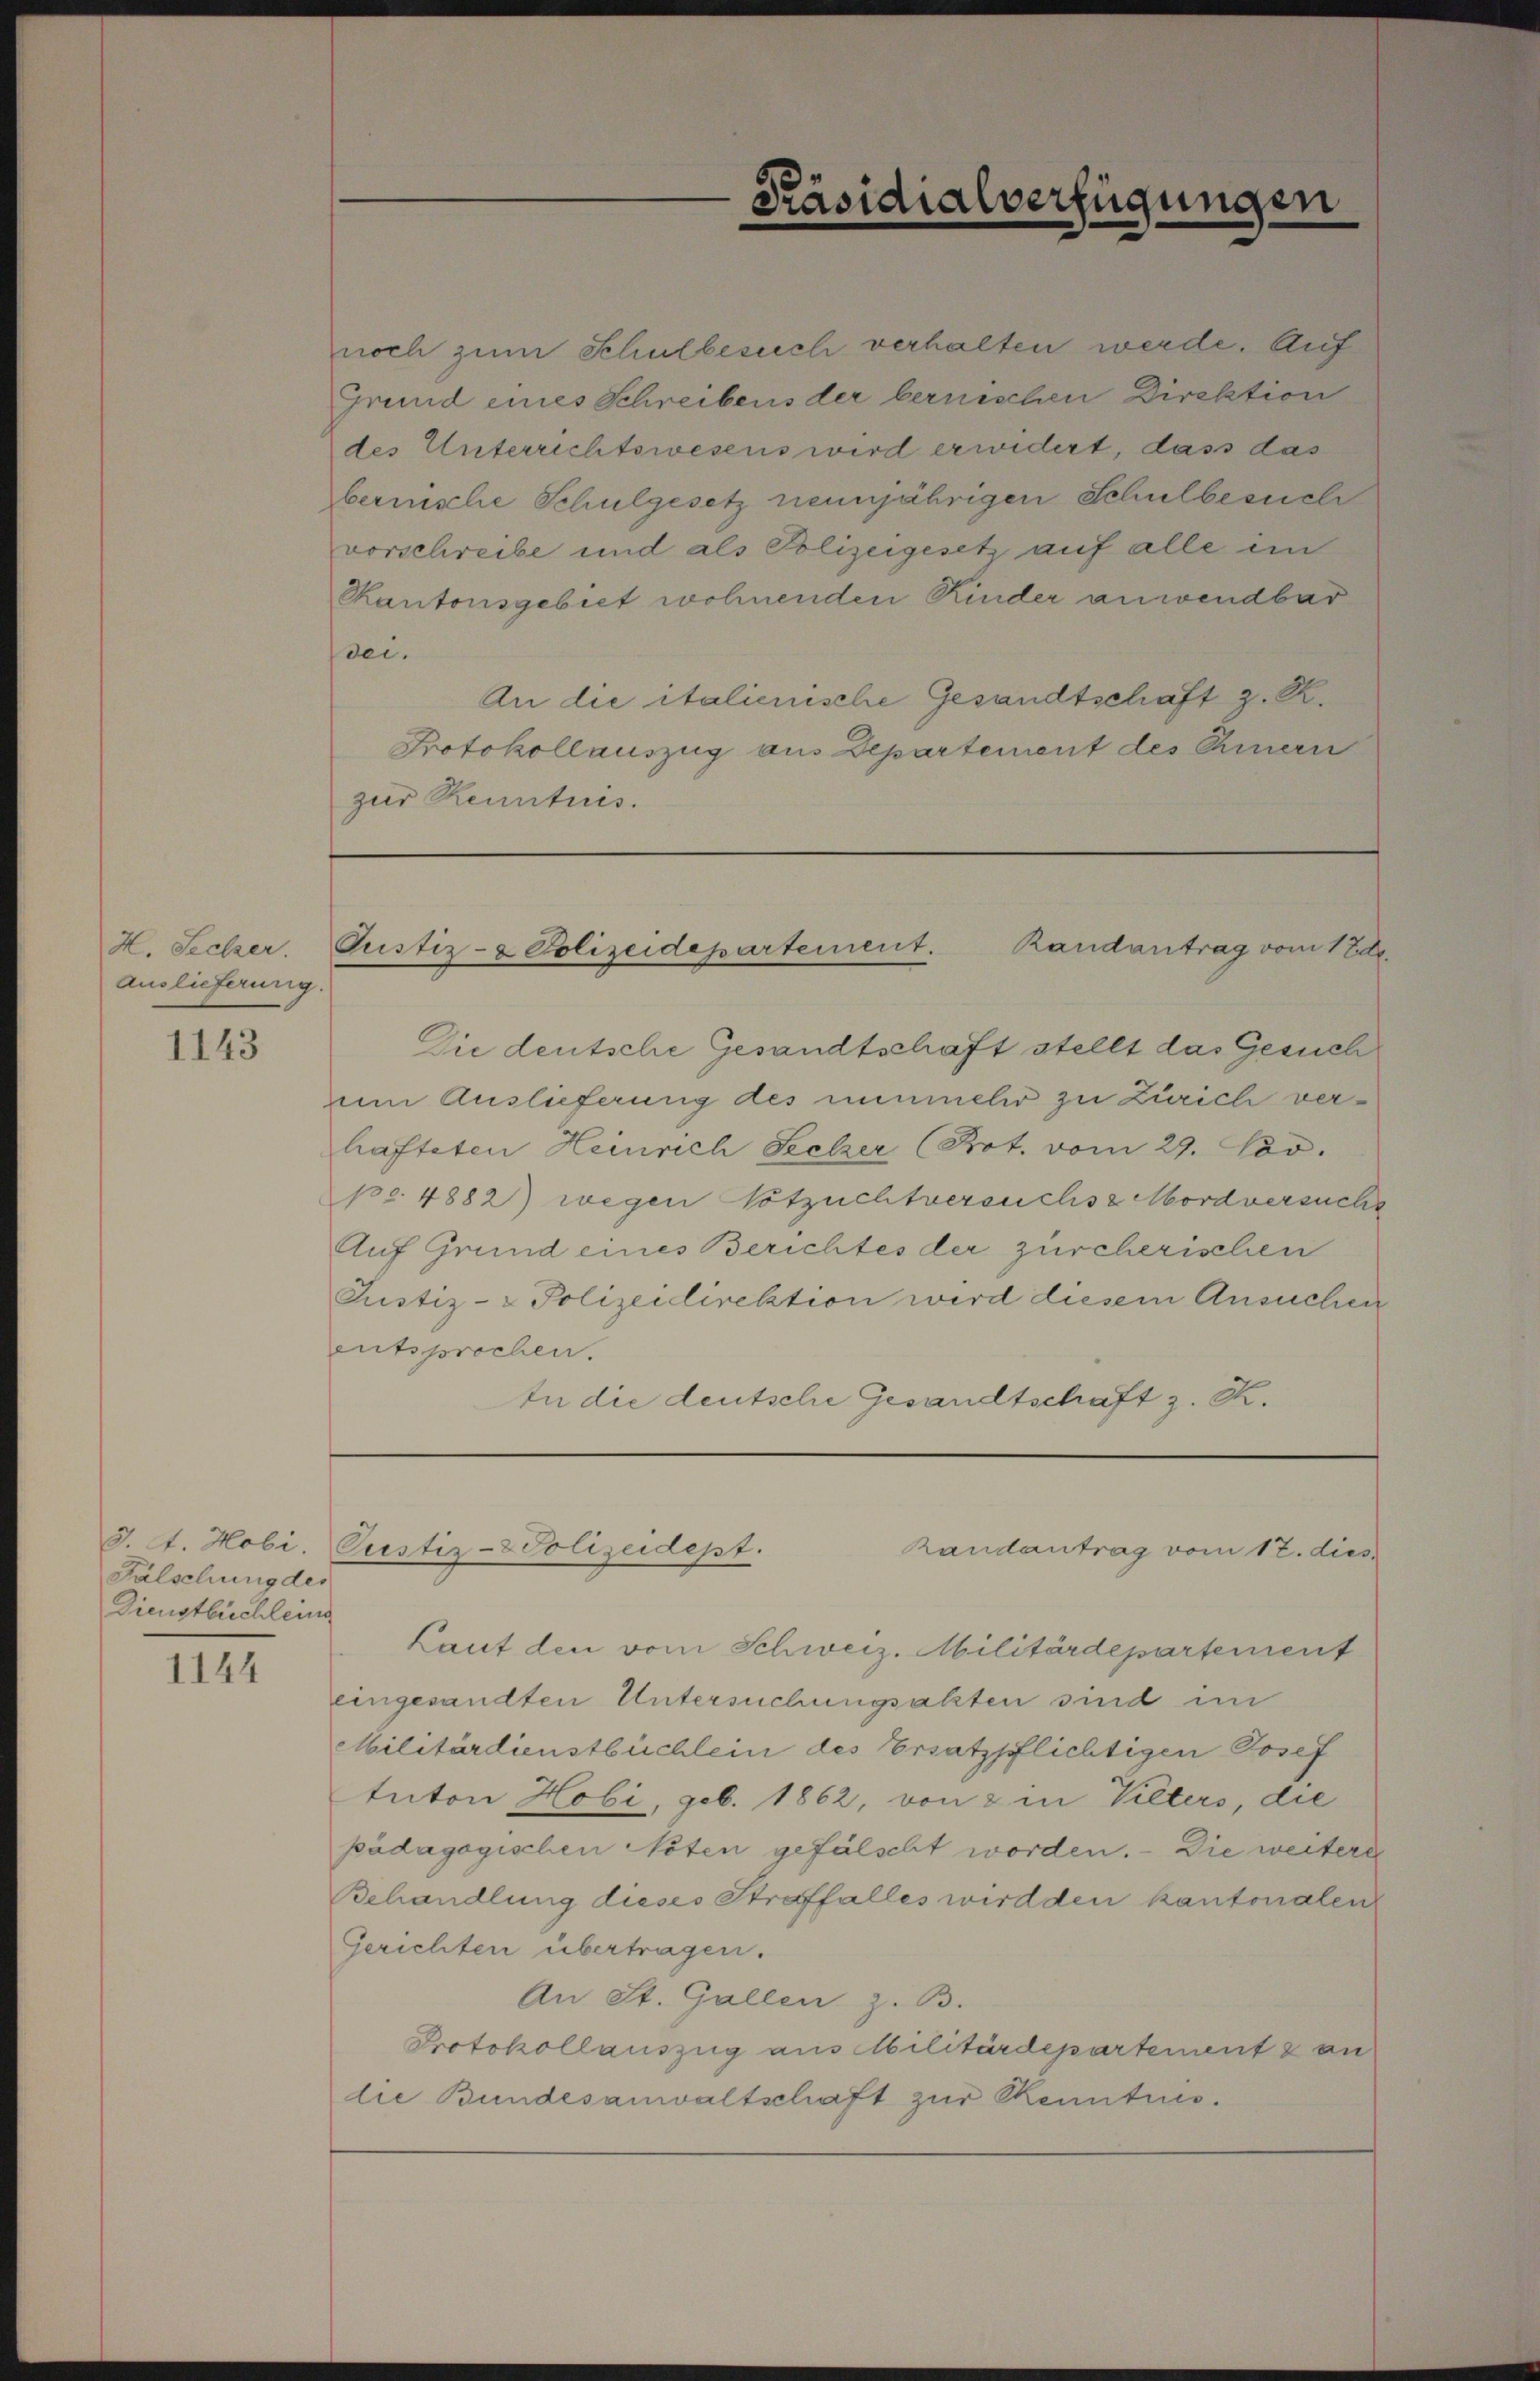
H. Seelzer.
Auslieferung

1143

Falschung des
Dienstbüchleine

1144

Präsidialverfügungen

noch zum Schulbesich verhalten werde. Auf
Grund eines Schreibens der bernischen Direktion
des Unterrichtswesens wird erwidert, dass das
bernische Schulgesetz neunjährigen Schulbesuche
vorschreibe und als Polizeigesetz auf alle in
Kantonsgebiet wohnenden Kinder anwendbar
sei.
An die italienische Gesandtschaft z. R.
Protokollauszug aus Departement des Chinern
zur Kenntnis.

Justiz- & Polizeidepartement. Randantrag vom 1 Ed.

Die deutsche Gesandtschaft stellt das Gesuch
uum Auslieferung des nunmehr zu Zürich verhafteten Heinrich Secker (Kot. vom 29. Nov.
po. 4882) wegen Totzuchtversuchs Mordversuche
Auf Grund eines Berichtes der zürcherischen
Justiz- & Polizeidirektion wird diesem Ansuchen
entsprochen.
In die deutsche Gesandtschaft z. B.

J. A. Hobi. Pustiz- & Polizeidept.
Randantrag vom 12. dies

Laut den vom Schweiz. Militärdepartement
eingesandten Untersuchungsakten sind im
Militärdienstbüchlein des Ersatzpflichtigen Josef
Enton Hobi, geb. 1862, von 2 in Vilters, die
pädagogischen Noten gefälscht worden. Die weitere
Behandlung dieses Straffalles wird den kantonalen
Gerichten übertragen.
An St. Gallen z. B.
Protokollauszug aus Militärdepartement & an
die Bundesanwaltschaft zur Kenntnis.